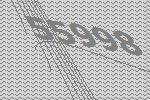
55998